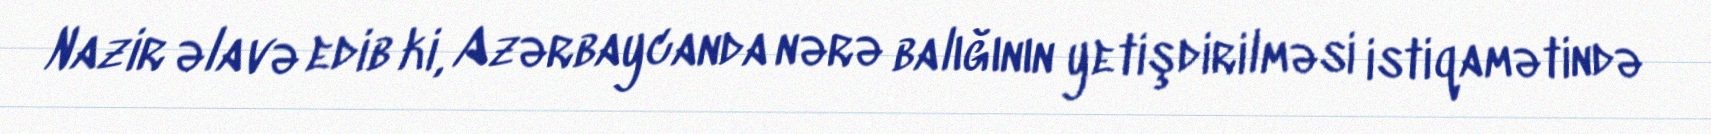
Nazir əlavə edib ki, Azərbaycanda nərə balığının yetişdirilməsi istiqamətində